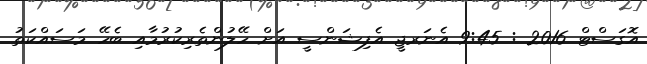
އޮގަސްޓް 2016 : 9:45 އެނަރޖީ އެފިޝަންސީ އަށް ހޭލުންތެރިކުރުމާއި ބެހޭ މަސައްކަތު